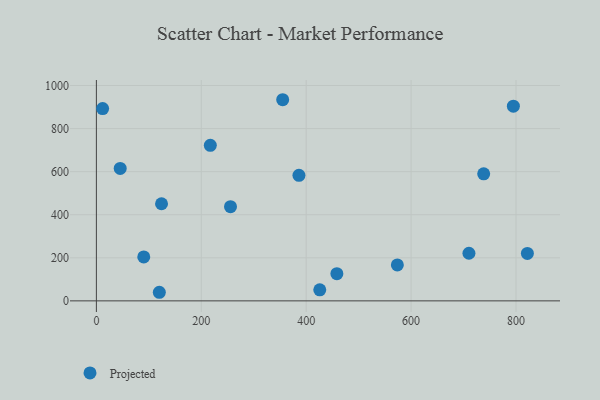
{"axis": {"x": "Experience", "y": "Demand"}, "legend": ["Projected"], "data": [{"x": "458.5", "y": 126.3, "type": "Projected"}, {"x": "573.8", "y": 167.1, "type": "Projected"}, {"x": "45.4", "y": 615.0, "type": "Projected"}, {"x": "120.0", "y": 39.9, "type": "Projected"}, {"x": "795.0", "y": 904.1, "type": "Projected"}, {"x": "124.2", "y": 451.0, "type": "Projected"}, {"x": "710.3", "y": 221.2, "type": "Projected"}, {"x": "11.9", "y": 892.8, "type": "Projected"}, {"x": "355.2", "y": 934.0, "type": "Projected"}, {"x": "821.7", "y": 220.5, "type": "Projected"}, {"x": "255.7", "y": 437.4, "type": "Projected"}, {"x": "90.3", "y": 203.9, "type": "Projected"}, {"x": "425.9", "y": 51.1, "type": "Projected"}, {"x": "217.2", "y": 722.4, "type": "Projected"}, {"x": "738.4", "y": 589.8, "type": "Projected"}, {"x": "386.2", "y": 583.0, "type": "Projected"}]}